Civil Veterinary Dept. North-West Frontier Province 1923-32 - 1923-1932
Year: 1923
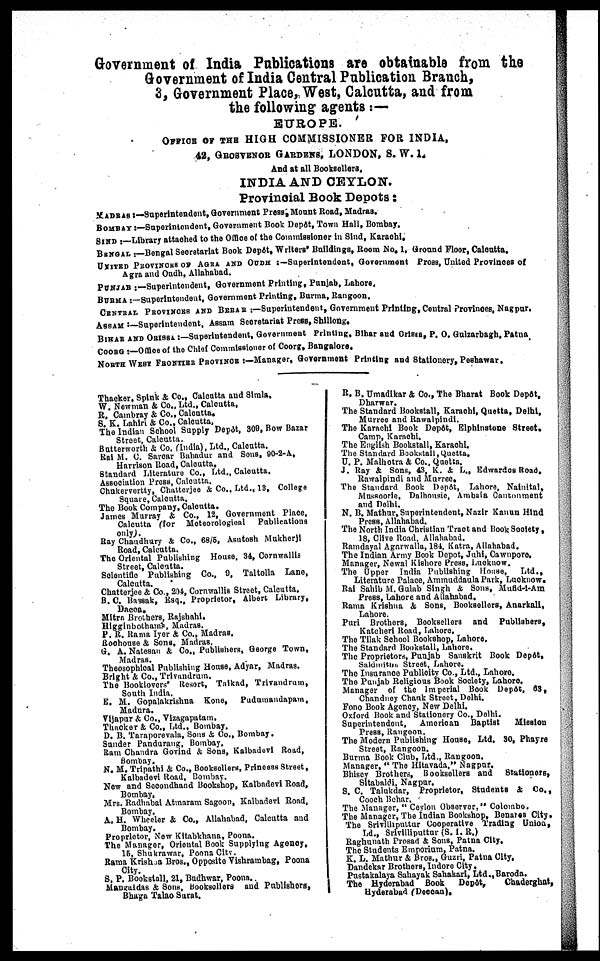
Government of India Publications are obtainable from the
Government of India Central Publication Branch,
3, Government Place, West, Calcutta, and from
the following agents :—
EUROPE.
OFFICE OF THE HIGH COMMISSIONER FOR INDIA,
42, GROSVENOR GARDENS, LONDON, S. W. I.
And at all Booksellers,
INDIA AND CEYLON.
Provincial Book Depots :
MADRAS :— Superintendent, Government Press. Mount Road, Madras.
BOMBAY :—Superintendent, Government Book Depôt, Town Hall, Bombay.
SIND :—Library attached to the Office of the Commissioner in Sind, Karachi.
BANGAL :—Bengal Secretariat Book Depôt, Writers Buildings, Room No. 1, Ground Floor, Calcutta.
UNITED PROVINORS OF AGRA AND OUDH :—Superintendent, Government Press, United Provinces of
Agra and Oudh, Allahabad.
PUNJAB :—Superintendent, Government Printing, Punjab. Lahore.
BURMA :—Superitntendent, Government Printing, Burma, Rangoon.
CENTRAL POVINCES AND BERAR :—Superintendent, Government Printing, Central Provinces, Nagpur.
ASSAM :—Superintendent. Assam Secretariat Press, Shillong.
BEHAR AND ORISSA :—Superintendent, Government Printing. Bihar and Orissa, P. 0. Gulzarbagh, Patna
COORG :—Office of the Chief Commissioner of Coorg. Bangalore.
NORTH WEST FRONTIES PROVINCE :—Manager, Government Printing and Stationery, Peshawar.
Thacker, Spink & Co., Calcutta and Simla.
W. Newman & Co., Ltd., Calcutta,
R. Cambray & Co., Calcutta.
S. K. Lahiri & Co., Calcutta,
The Indian School Supply Depôt, 309, Bow Bazar
Street, Calcutta.
Butterworth & Co. (India), Ltd., Calcutta.
Ral M. C. Sarear Bahadur and Sons. 90-2-A,
Harrison Road, Calcutta,
Standard Literature Co., Ltd., Calcutta.
Association Press, Calcutta.
Chukrrvertty, Chatterjee & Co., Ltd., 13, College
Square, Calcutta.
The Book Company, Calcutta.
James Murray & Co., 12, Government Place,
Calcutta (for Meteorological
Publications
only).
Ray Chandhury & Co., 68/5, Asutosh Mukherji
Road, Calcutta.
The Oriental Publishing House, 34, Cornwallis
Street, Calcutta.
Scientific Publishing Co., 9, Taltolla Lane,
Calcutta.
Chatterjee & Co., 204, Cornwallis Street, Calcutta.
B. C. Bassak, Esq., Proprietor, Albert Library,
Dacon.
Mitra Brothers, Rajshahi.
Higginbothaing, Madras.
P. R. Rama Iyer & Co., Madras.
Roohouse & Sons, Madras.
G. A. Natesan & Co., Publishers, George Town,
Madras.
Theosophical Publishing House, Adyar, Madras.
Bright & Co., Trivandrum.
The Booklovers Resort, Taikad, Trivandrum,
South India.
E. M. Gopalakrishna Kone,
Pudumandapam,
Madura.
Vijapur & Co., Vizagapatam.
Thacker & Co., Ltd., Bombay.
D. B. Taraporovala, Sons & Co., Bombay.
Sander Pandurang, Bombay.
Ram Chandra Govind & Sons, Kalbadevi Road,
Bombay.
N. M. Tripathi & Co., Booksellers, Princess Street,
Kalbadevi Road, Bombay.
New and Secondhand Bookshop, Kalbadevi Road,
Bombay,
Mrs. Radhabai Atmaram Sagoon, Kalbadevi Road,
Bombay.
A, H. Wheeler & Co., Allahabad, Calcutta and
Bombay.
Proprietor, Now Kitabkhana, Poona.
The Manager, Oriental Book Supplying Agency.
15, Shukrawar, Poona City.
Rama Krishna Bros., Opposite Vishrambag, Poona
City.
S. P. Bookstall, 21, Budhwar, Poona.
Mangaldas & Sons, Booksellers and Publishers,
Bhaga Talao Surat.
R. B. Umadikar & Co., The Bharat Book Depôt,
Dharwar.
The Standard Bookstall, Karachi, Quetta, Delhi,
Murreo and Rawalpindi.
The Karachi Book Depôt, Elphinstone Street.
Camp, Karachi.
The English Bookstall, Karachi.
The Standard Bookstall,Quetta,
U. P. Malhotra & Co., Quetta.
J. Ray & Sons, 43. K. & L„ Edwardes Road.
Rawalpindi and Murree,
The Standard Book Dopôt, Lahore, Nainital,
Mussoorte, Dalhousie, Ambala Cantonment
and Delhi.
N. B. Mathur, Superintendent, Nazir Kanun Hind
Press, Allahabad.
The North India Christian Traot and Book Society,
18, Cilve Road. Allahabad.
Ramdayal Agarwalla, 184, Katra, Allahabad.
The Indian Army Book Depot, Juhi, Cawnpore,
Manager, Newal Kishore Press, Lucknow.
The Upper India Publishing House,
Ltd.,
Literature Palace, Ammuddaula Park, Lucknow.
Rai Sahib M. Gulab Singh & Sons, Mufid-i-Am
Press, Lahore and Allahabad.
Rama Krishna & Sons, Booksollors, Anarkall,
Lahore.
Puri Brothers, Booksellers and Publishers,
Kateheri Road, Lahore.
The Tilak School Bookshop, Lahore.
The Standard Bookstall, Lahore.
The Proprietors, Punjab Sanskrit Book Depôt,
Sald
, Street, Lahore.
The Insurance Publicity Co., Ltd., Lahore.
The Punjab Religious Book Society, Lahore.
Manager of the Imperial Book Depôt, 63,
Chandney Chauk Street, Delhi.
Fono Book Agency, New Delhi.
Oxford Book and Stationery Co., Delhi.
Superintendent,
American Baptist
Mieelou
Press, Rangoon.
The Modern Publishing House, Ltd. 30, Phayre
Street, Rangoon.
Burma Book Club, Ltd., Rangoon.
Manager, " The Hitavada," Nagpur.
Bhisey Brothers, Booksellers and Stationers,
Sitabaldi, Nagpur.
S. C. Talukdar, Proprietor, Students & Co.,
Cooch Behar.
The Manager, " Ceylon Observer," Colombo.
The Manager, The Indian Bookshop, Bennres City.
The Srivilliputtur Cooperative Trading Union,
Ld., Srivllliputtur (S. I. R.)
Raghunath Prasad & Sons, Patna City,
The Students Emporium, Patna.
K. L. Mathur & Bros., Guzri, Patna City.
Dandekar Brothers, Indore City.
Pustakalaya Sahayak Sahakari, Ltd.,Baroda.
The Hyderabad Book Depôt,
Chaderghat,
Hyderabad (Deccan),